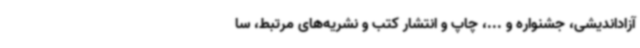
آزاداندیشی، جشنواره و ...، چاپ و انتشار کتب و نشریه‌های مرتبط، سا